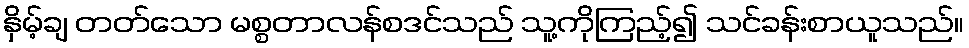
နှိမ့်ချ တတ်သော မစ္စတာလန်စဒင်သည် သူ့ကိုကြည့်၍ သင်ခန်းစာယူသည်။